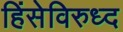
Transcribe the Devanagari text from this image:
हिंसेविरुध्द